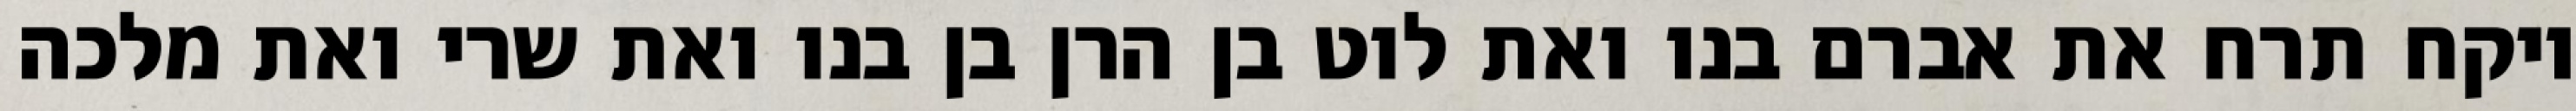
ויקח תרח את אברם בנו ואת לוט בן הרן בן בנו ואת שרי ואת מלכה